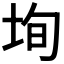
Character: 𡋕